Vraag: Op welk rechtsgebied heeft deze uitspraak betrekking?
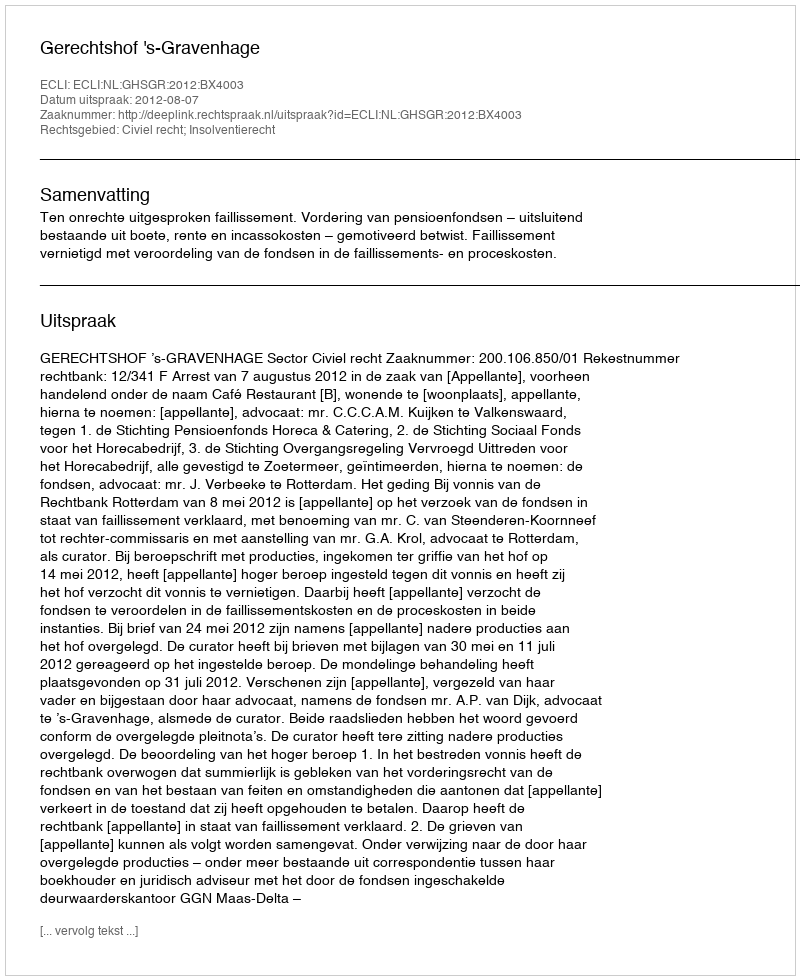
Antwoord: Civiel recht; Insolventierecht